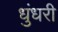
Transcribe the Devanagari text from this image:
धुंधरी